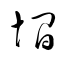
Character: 墹